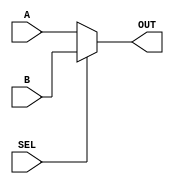
`timescale 1ns/1ps

module mux2(A,B,SEL,OUT);
input [31:0]A,B;
input SEL;
output [31:0]OUT;
assign OUT = SEL?B:A;
endmodule